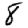
Digit: 8